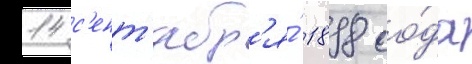
14 с'ент'ябр'я́ 1898 го́да